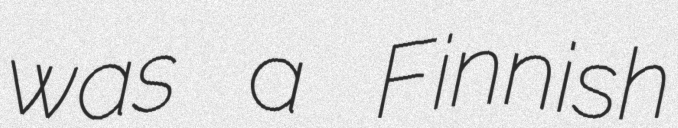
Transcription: was a Finnish